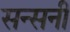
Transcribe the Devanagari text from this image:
सन्सनी